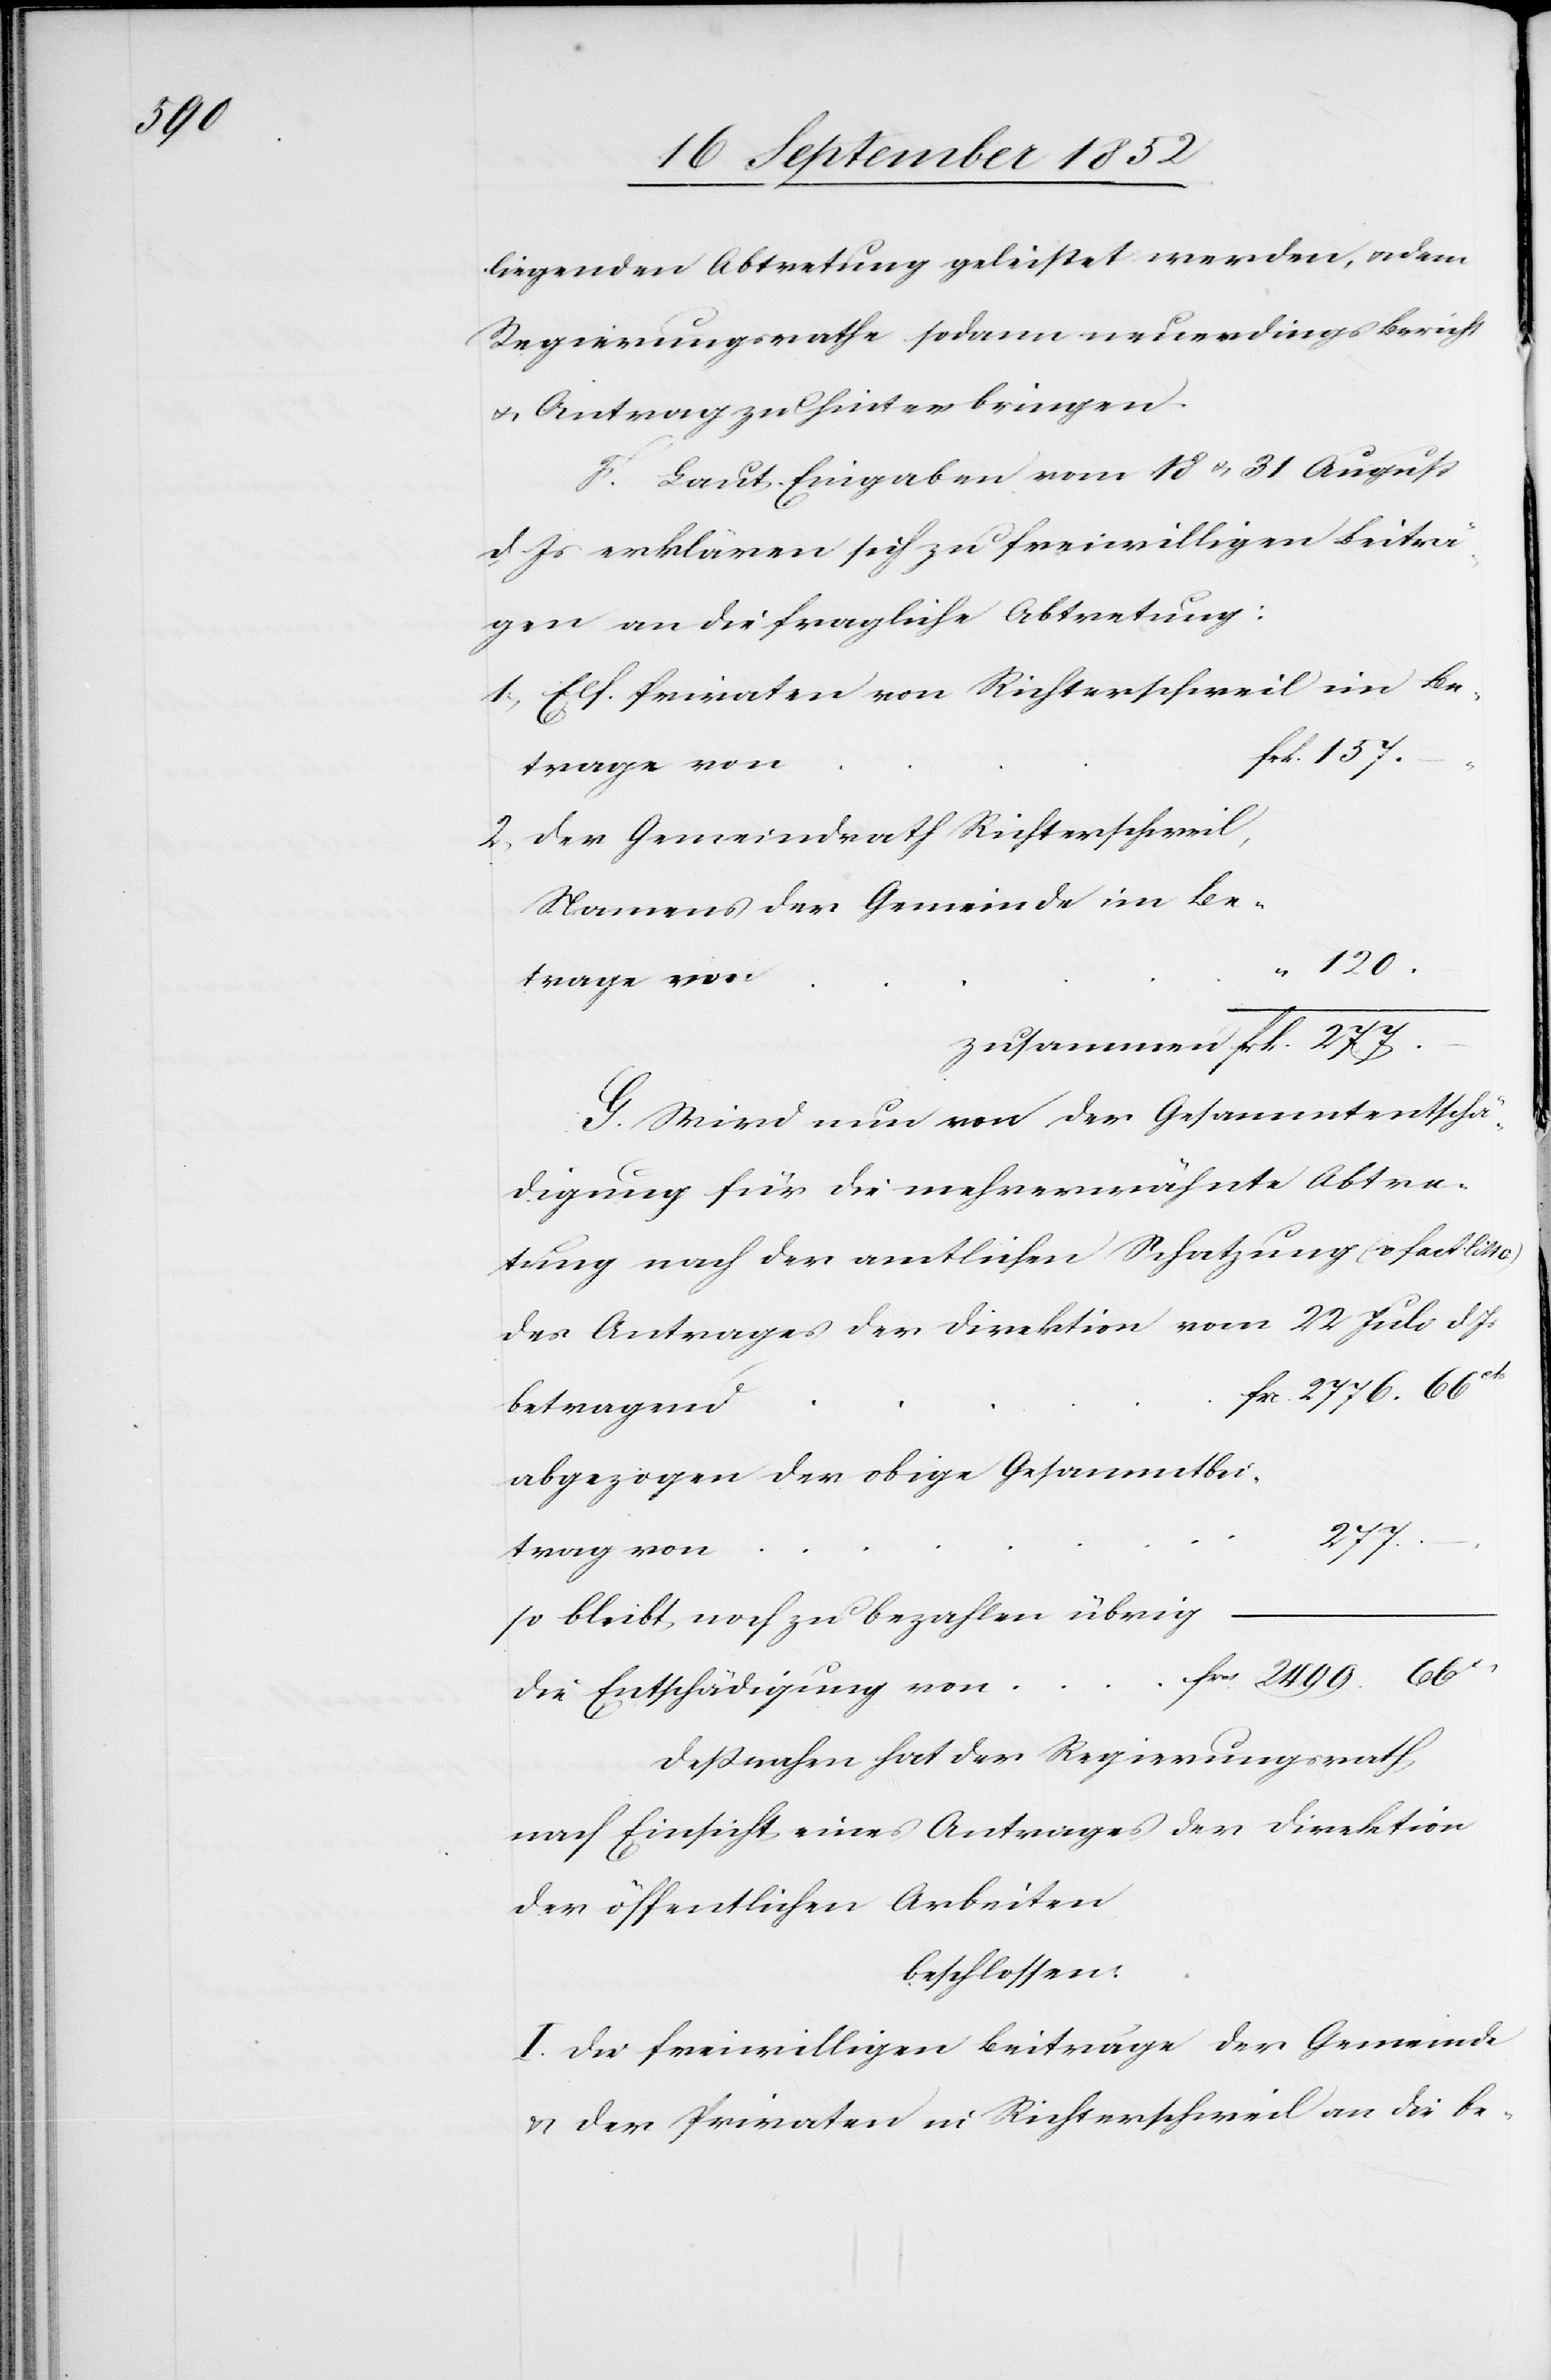
120.

liegenden Abtretung geleistet werden, & dem
Regierungsrathe sodann neuerdings Bericht
& Antrag zu hinterbringen.
F. Laut Eingaben vom 18 & 31 August
d. Js erklären sich zu freiwilligen Beiträ¬
gen an die fragliche Abtretung:
Elf. Privaten von Richterschweil im Be¬
frk. 157.
trage von
Der Gemeindrath Richterschweil,
Namens der Gemeinde im Be¬
G. Wird nun von der Gesammtentschä¬
digung für die mehrerwähnte Abtre¬
tung nach der amtlichen Schatzung (s. fact litt
des Antrages der Direktion vom 22 Juli d.
frc. 2776. 66cts
betragend
abgezogen der obige Gesammtbei¬
277.
trag von
––-
so bleibt noch zu bezahlen übrig
frcs. 2499. 66ct
die Entschädigung von
Deßnahen hat der Regierungsrath
nach Einsicht eines Antrages der Direktion
der öffentlichen Arbeiten
beschlossen:
I. Die freiwilligen Beiträge der Gemeinde
& der Privaten in Richterschweil an die be-